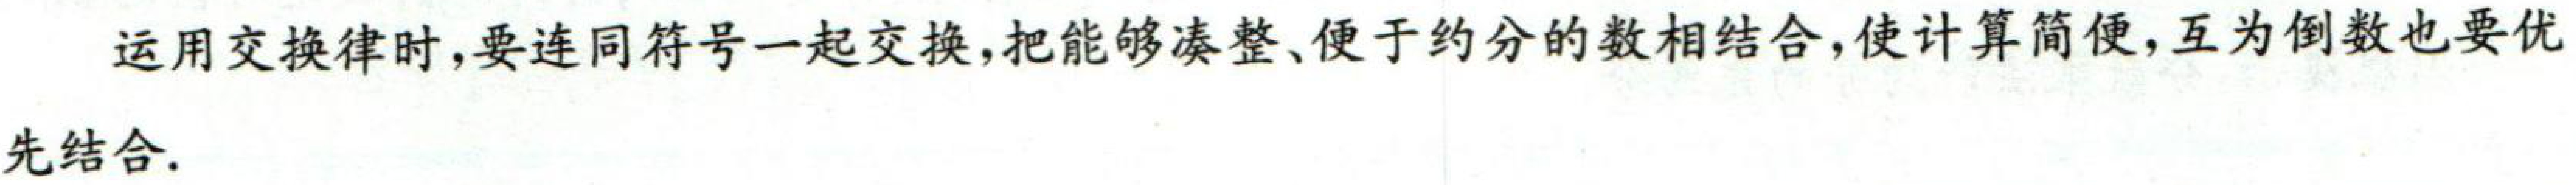
例，运用交换律时，要连同符号一起交换，把能够凑整、便于约分的数相结合，使计算简便，互为倒数也要交换
先结合.